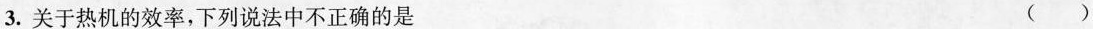
3.关于热机的效率，下列说法中不正确的是 ()